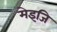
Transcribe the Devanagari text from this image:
मेइजि